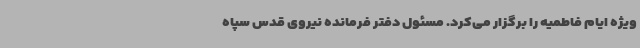
ویژه ایام فاطمیه را برگزار می‌کرد. مسئول دفتر فرمانده نیروی قدس سپاه